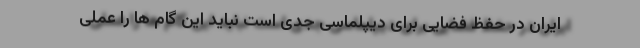
ایران در حفظ فضایی برای دیپلماسی جدی است نباید این گام ها را عملی